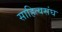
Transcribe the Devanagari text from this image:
साहित्यसंघ